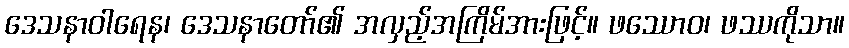
ဒေသနာဝါရေန၊ ဒေသနာတော်၏ အလှည့်အကြိမ်အားဖြင့်။ ဖဿောဝ၊ ဖဿကိုသာ။